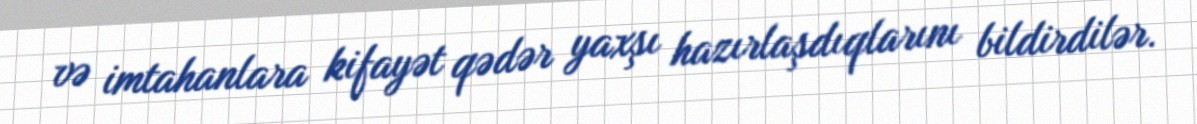
və imtahanlara kifayət qədər yaxşı hazırlaşdıqlarını bildirdilər.